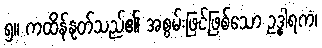
၅။ ကထိန်နုတ်သည်၏ အစွမ်းဖြင့်ဖြစ်သော ဥဒ္ဓါရကံ၊